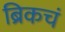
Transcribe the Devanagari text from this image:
ब्रिकचं